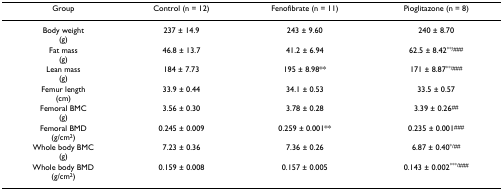
<table><thead><tr><td><b>Group</b></td><td><b>Control (n = 12)</b></td><td><b>Fenofibrate (n = 11)</b></td><td><b>Pioglitazone (n = 8)</b></td></tr></thead><tbody><tr><td>Body weight(g)</td><td>237 ± 14.9</td><td>243 ± 9.60</td><td>240 ± 8.70</td></tr><tr><td>Fat mass(g)</td><td>46.8 ± 13.7</td><td>41.2 ± 6.94</td><td>62.5 ± 8.42<sup>**/###</sup></td></tr><tr><td>Lean mass(g)</td><td>184 ± 7.73</td><td>195 ± 8.98**</td><td>171 ± 8.87<sup>**/###</sup></td></tr><tr><td>Femur length(cm)</td><td>33.9 ± 0.44</td><td>34.1 ± 0.53</td><td>33.5 ± 0.57</td></tr><tr><td>Femoral BMC(g)</td><td>3.56 ± 0.30</td><td>3.78 ± 0.28</td><td>3.39 ± 0.26<sup>##</sup></td></tr><tr><td>Femoral BMD(g/cm<sup>2</sup>)</td><td>0.245 ± 0.009</td><td>0.259 ± 0.001**</td><td>0.235 ± 0.001<sup>###</sup></td></tr><tr><td>Whole body BMC(g)</td><td>7.23 ± 0.36</td><td>7.36 ± 0.26</td><td>6.87 ± 0.40<sup>*/##</sup></td></tr><tr><td>Whole body BMD(g/cm<sup>2</sup>)</td><td>0.159 ± 0.008</td><td>0.157 ± 0.005</td><td>0.143 ± 0.002<sup>***/###</sup></td></tr></tbody></table>